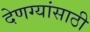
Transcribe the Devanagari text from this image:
देणग्यांसाठी